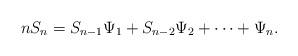
LaTeX: \begin{align*}nS_{n} = S_{n-1}\Psi_1+S_{n-2}\Psi_2+\cdots+\Psi_n.\end{align*}